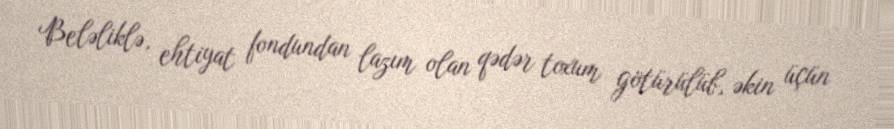
Beləliklə, ehtiyat fondundan lazım olan qədər toxum götürülüb, əkin üçün